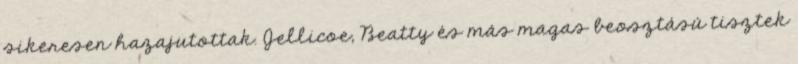
sikeresen hazajutottak. Jellicoe, Beatty és más magas beosztású tisztek